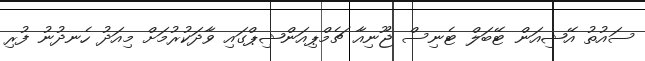
ސައުތު އޭޝިއަން ޓޭބަލް ޓެނިސް ޖޫނިއާ ޗެމްޕިއަންޝިޕްގައި ވާދަކުރުމަށް މިއަދު ހެނދުނު ފުރި